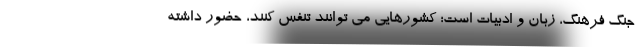
جنگ فرهنگ، زبان و ادبیات است؛ کشورهایی می توانند تنفس کنند، حضور داشته